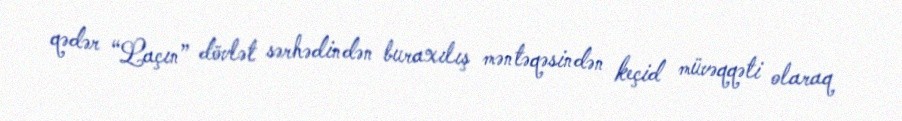
qədər “Laçın” dövlət sərhədindən buraxılış məntəqəsindən keçid müvəqqəti olaraq